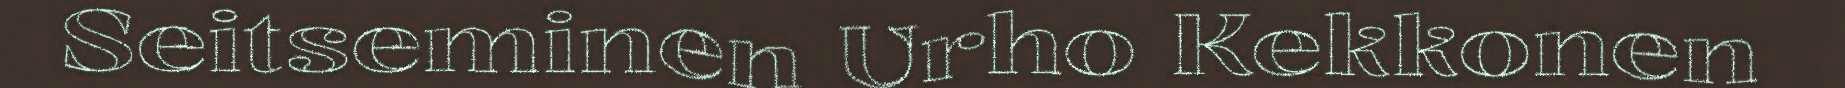
Seitseminen Urho Kekkonen